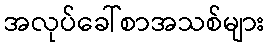
အလုပ်ခေါ်စာအသစ်များ